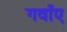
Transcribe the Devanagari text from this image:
गवाँए